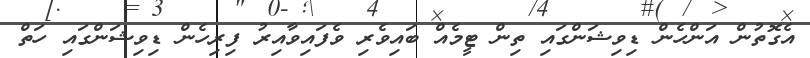
އެގޮތުން އަންހެން ޑިވިޝަންގައި ތިން ޓީމެއް ބައިވެރި ވެފައިވާއިރު ފިރިހެން ޑިވިޝަންގައި ހަތް